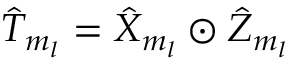
\hat { T } _ { m _ { l } } = \hat { X } _ { m _ { l } } \odot \hat { Z } _ { m _ { l } }